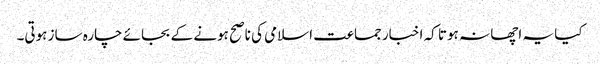
کیا یہ اچھا نہ ہوتا کہ اخبار جماعت اسلامی کی ناصح ہونے کے بجائے چارہ ساز ہوتی۔